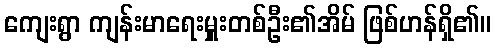
ကျေးရွာ ကျန်းမာရေးမှူးတစ်ဦး၏အိမ် ဖြစ်ဟန်ရှိ၏။